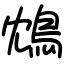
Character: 鴆